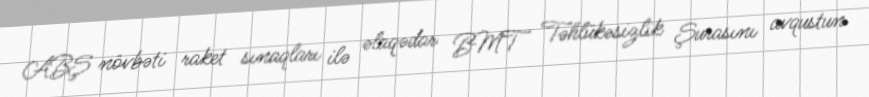
ABŞ növbəti raket sınaqları ilə əlaqədar BMT Təhlükəsizlik Şurasını avqustun